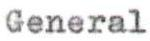
General